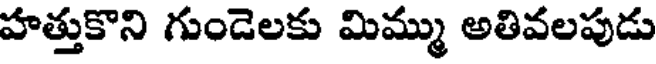
హత్తుకొని గుండెలకు మిమ్ము అతివలపుడు